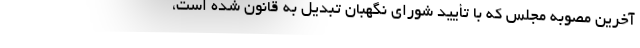
آخرین مصوبه مجلس که با تأیید شورای نگهبان تبدیل به قانون شده است،